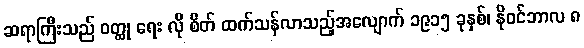
ဆရာကြီးသည် ဝတ္ထု ရေး လို စိတ် ထက်သန်လာသည့်အလျောက် ၁၉၁၅ ခုနှစ်၊ နိုဝင်ဘာလ ၈